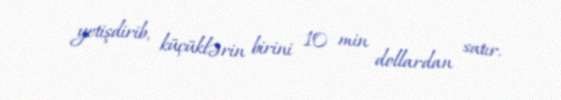
yetişdirib, küçüklərin birini 10 min dollardan satır.